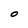
Character: O